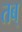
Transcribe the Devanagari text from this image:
तब्